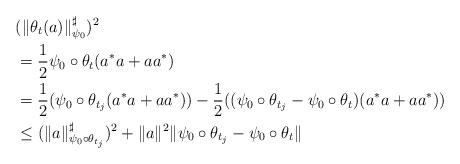
LaTeX: \begin{align*}\ &(\| \theta _t(a)\| _{\psi _0}^\sharp )^2 \\&=\frac{1}{2}\psi _0 \circ \theta _t(a^*a+aa^*) \\&=\frac{1}{2}(\psi _0 \circ \theta _{t_j}(a^*a+aa^*)) -\frac{1}{2}((\psi _0\circ \theta _{t_j}-\psi _0\circ \theta _t)(a^*a+aa^*)) \\&\leq (\| a\| _{\psi _0\circ \theta _{t_j}}^\sharp )^2 +\| a\| ^2 \| \psi _0\circ \theta _{t_j}-\psi _0\circ \theta _t\|\end{align*}